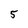
Character: 5